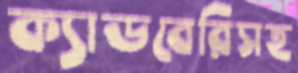
ক্যাডবেরিসহ